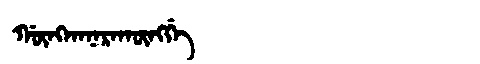
Manchu: ᡤᡡᠩᡴᠠᠨᠠᡵᠠᡴᡡᠩᡤᡝ
Romanization: GŪNGKANARAKŪNGGE